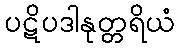
ပဋိပဒါနုတ္တရိယံ